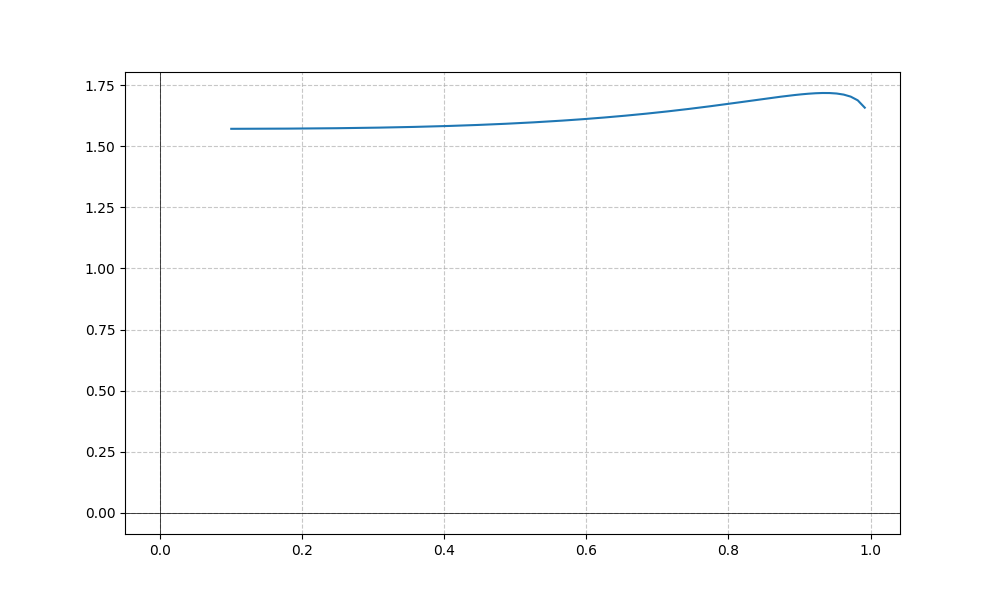
LaTeX formula: \tan{\left(x \right)} + \operatorname{acos}{\left(x \right)}